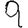
Digit: 9